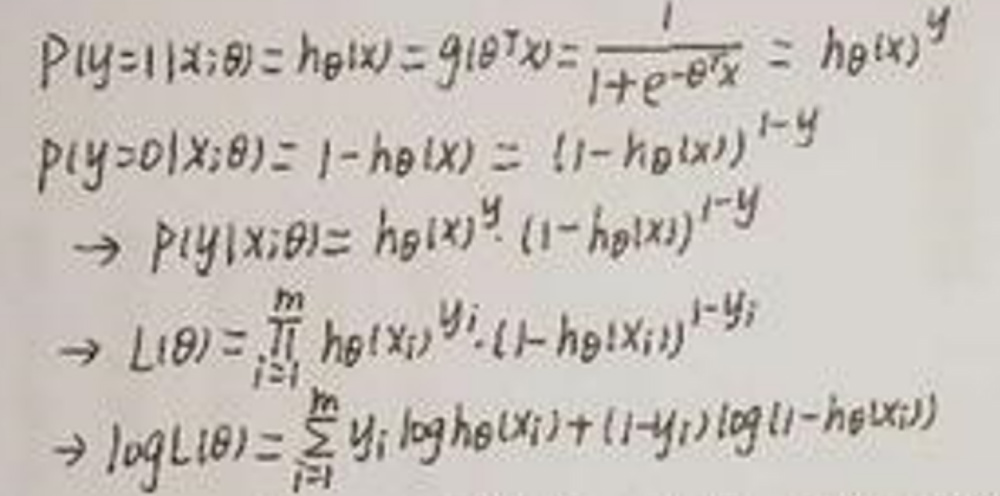
\[
\begin{align*}
p(y = 1|x;\theta)&=h_{\theta}(x)=g(\theta^Tx)=\frac{1}{1 + e^{- \theta^Tx}}=h_{\theta}(x)^y\\
p(y = 0|x;\theta)&=1 - h_{\theta}(x)=(1 - h_{\theta}(x))^{1 - y}\\
\Rightarrow p(y|x;\theta)&=h_{\theta}(x)^y(1 - h_{\theta}(x))^{1 - y}\\
\Rightarrow L(\theta)&=\prod_{i = 1}^{n}h_{\theta}(x_i)^{y_i}(1 - h_{\theta}(x_i))^{1 - y_i}\\
\Rightarrow \log L(\theta)&=\sum_{i = 1}^{n}y_i\log h_{\theta}(x_i)+(1 - y_i)\log(1 - h_{\theta}(x_i))
\end{align*}
\]